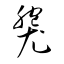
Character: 褜